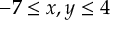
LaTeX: - 7 \leq x , y \leq 4